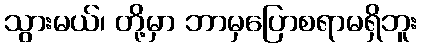
သွားမယ်၊ တို့မှာ ဘာမှပြောစရာမရှိဘူး